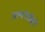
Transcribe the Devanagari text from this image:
जलरंगचित्रे